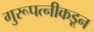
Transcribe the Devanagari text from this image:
गुरूपत्‍नीकडून